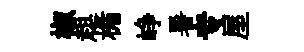
椒趄楯峥暑专屋